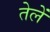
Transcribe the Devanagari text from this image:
तेलें